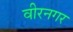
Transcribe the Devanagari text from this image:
वीरनगर